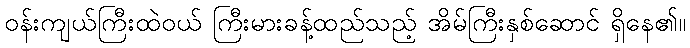
ဝန်းကျယ်ကြီးထဲဝယ် ကြီးမားခန့်ထည်သည့် အိမ်ကြီးနှစ်ဆောင် ရှိနေ၏။